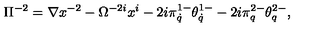
\Pi ^ { - 2 } = \nabla x ^ { - 2 } - \Omega ^ { - 2 i } x ^ { i } - 2 i \pi _ { \dot { q } } ^ { 1 - } \theta _ { \dot { q } } ^ { 1 - } - 2 i \pi _ { q } ^ { 2 - } \theta _ { q } ^ { 2 - } ,